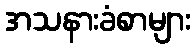
အသနားခံစာများ